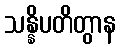
သန္နိပတိတွာန